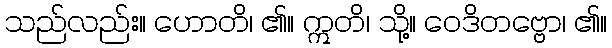
သည်လည်း။ ဟောတိ၊ ၏။ ဣတိ၊ သို့။ ဝေဒိတဗ္ဗော၊ ၏။